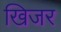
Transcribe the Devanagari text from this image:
खिजर